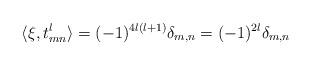
LaTeX: \begin{align*}\langle \xi, t^l_{m n}\rangle = (-1)^{4l(l+1)}\delta_{m,n}=(-1)^{2l}\delta_{m,n}\end{align*}